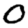
Digit: 0